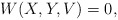
\begin{align*}W(X,Y,V) = 0,\end{align*}